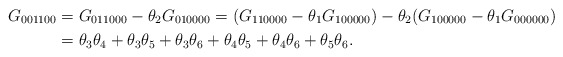
\begin{align*}G_{001100} &= G_{011000} - \theta_2 G_{010000} = (G_{110000} - \theta_1 G_{100000})- \theta_2 (G_{100000} - \theta_1 G_{000000})\\&= \theta_3 \theta_4 + \theta_3 \theta_5 + \theta_3 \theta_6 + \theta_4 \theta_5 + \theta_4 \theta_6 + \theta_5 \theta_6.\end{align*}